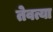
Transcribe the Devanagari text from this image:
तेवत्या